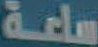
ساعة